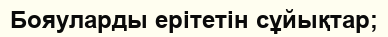
Бояуларды ерітетін сұйықтар;